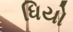
ધિયો